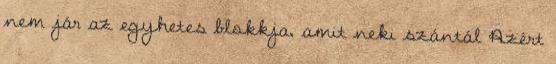
nem jár az egyhetes blokkja, amit neki szántál Azért